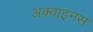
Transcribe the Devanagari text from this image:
अक्वाइनस